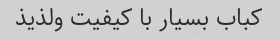
کباب بسیار با کیفیت و‌لذیذ